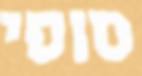
סופי